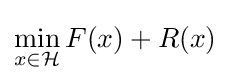
\min _{x\in {\mathcal {H}}}F(x)+R(x)